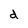
Character: d